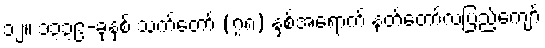
၁၂။ ၁၃၃၉-ခုနှစ် သက်တော် (၇၈) နှစ်အရောက် နတ်တော်လပြည့်ကျော်